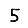
Digit: 5